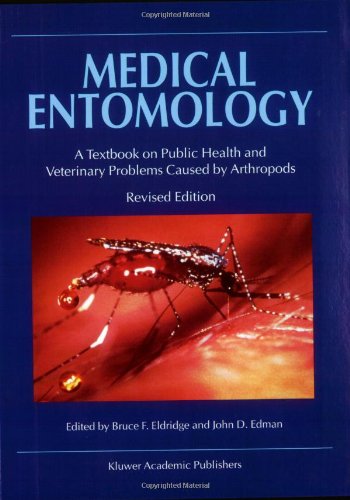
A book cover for Medical Entomology: A Textbook on Public Health and Veterinary Problems Caused by Arthropods; Medical Books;